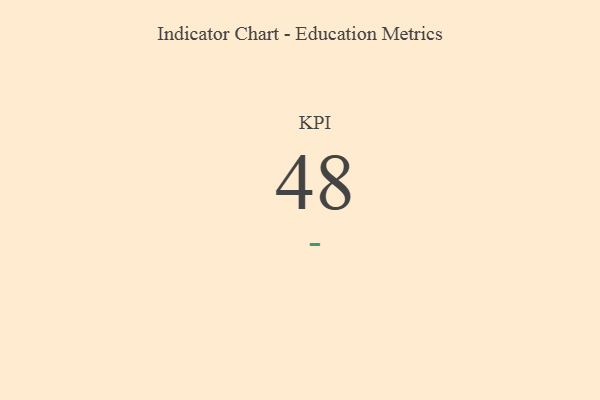
{"axis": {"x": "KPI", "y": "Value"}, "legend": [""], "data": [{"x": "KPI", "y": 48, "type": ""}]}